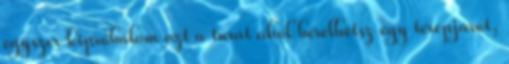
egyszer kipróbálom azt a túrát ahol bérelhetsz egy terepjárót,